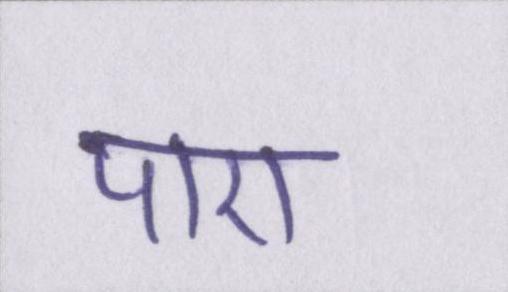
पाए